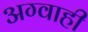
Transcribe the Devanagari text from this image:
अग्वाही